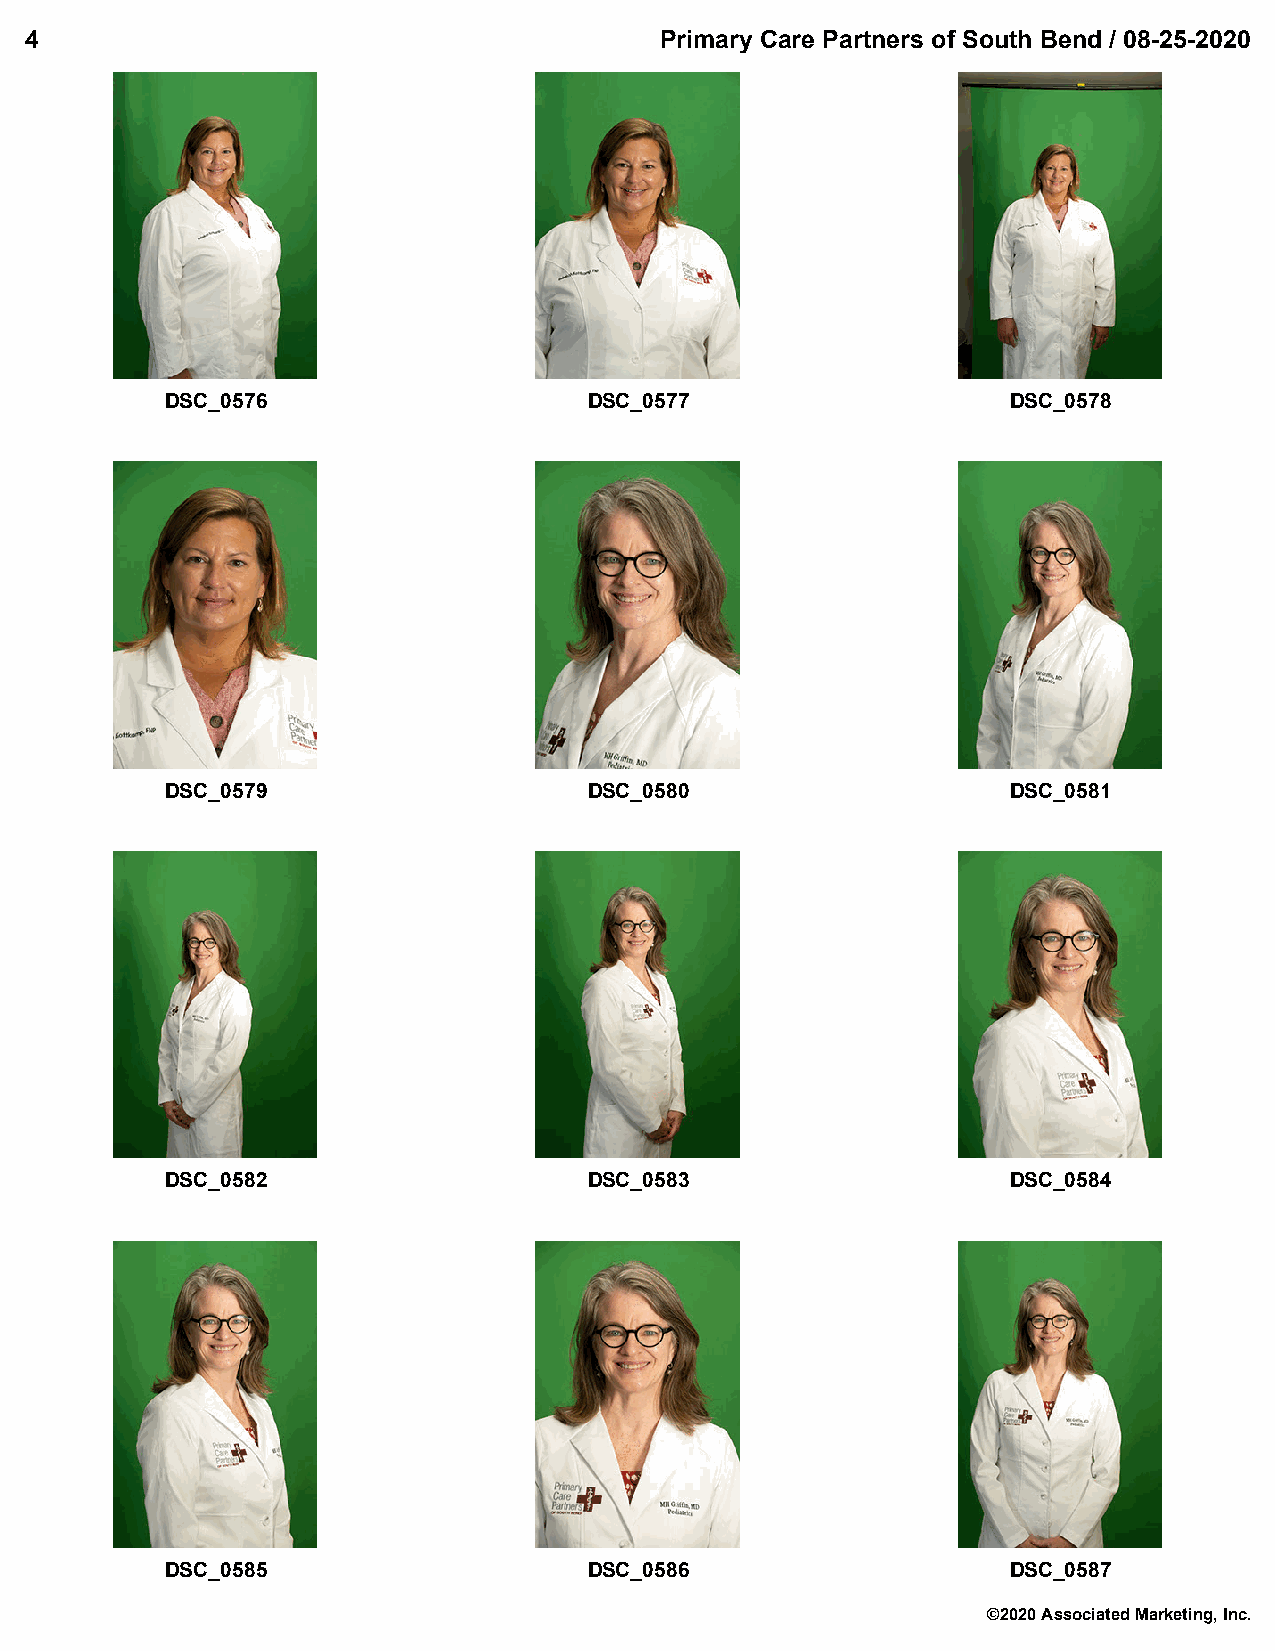
4                                         Primary Care Partners of South Bend / 08-25-2020
 DSC_0576                    DSC_0577                    DSC_0578
 DSC_0579                    DSC_0580                    DSC_0581
 DSC_0582                    DSC_0583                    DSC_0584
 DSC_0585                    DSC_0586                    DSC_0587
 ©2020 Associated Marketing, Inc.